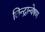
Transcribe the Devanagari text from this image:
छिन्द्रान्वेषण